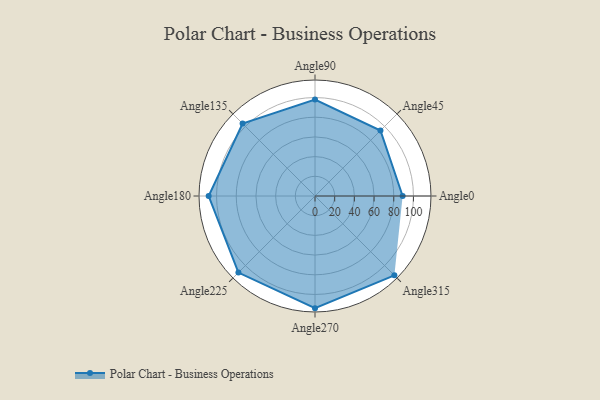
{"axis": {"x": "Angle", "y": "Radius"}, "legend": [""], "data": [{"x": "Angle0", "y": 89.0, "type": ""}, {"x": "Angle45", "y": 94.0, "type": ""}, {"x": "Angle90", "y": 98.0, "type": ""}, {"x": "Angle135", "y": 104.0, "type": ""}, {"x": "Angle180", "y": 108.0, "type": ""}, {"x": "Angle225", "y": 110.0, "type": ""}, {"x": "Angle270", "y": 114.0, "type": ""}, {"x": "Angle315", "y": 114.0, "type": ""}]}